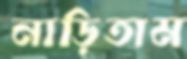
নাড়িতাম